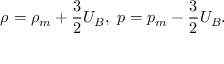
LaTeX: \rho = \rho _ { m } + \frac { 3 } { 2 } U _ { B } , \ p = p _ { m } - \frac { 3 } { 2 } U _ { B } .